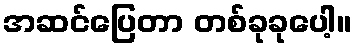
အဆင်ပြေတာ တစ်ခုခုပေါ့။